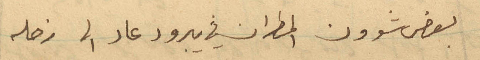
بعض شؤون المطران في يبرود عاد الى زحله